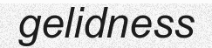
gelidness